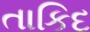
તાકિદ